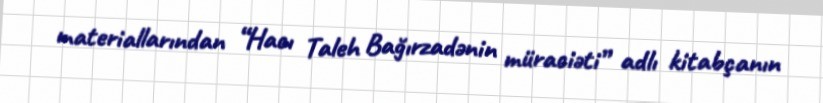
materiallarından “Hacı Taleh Bağırzadənin müraciəti” adlı kitabçanın